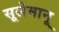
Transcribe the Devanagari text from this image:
सूलेमानू